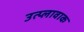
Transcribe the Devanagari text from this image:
उत्प्लावाक